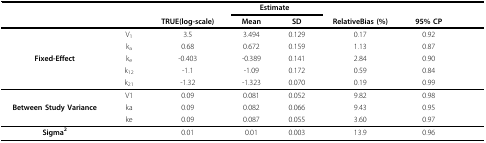
<table><thead><tr><td></td><td></td><td colspan="4"><b>Estimate</b></td><td></td><td></td></tr><tr><td></td><td></td><td><b>TRUE(log-scale)</b></td><td><b>Mean</b></td><td><b>SD</b></td><td><b>RelativeBias (%)</b></td><td><b>95% CP</b></td></tr></thead><tbody><tr><td></td><td>V<sub>1</sub></td><td>3.5</td><td>3.494</td><td>0.129</td><td>0.17</td><td>0.92</td></tr><tr><td></td><td>k<sub>a</sub></td><td>0.68</td><td>0.672</td><td>0.159</td><td>1.13</td><td>0.87</td></tr><tr><td><b>Fixed-Effect</b></td><td>k<sub>e</sub></td><td>-0.403</td><td>-0.389</td><td>0.141</td><td>2.84</td><td>0.90</td></tr><tr><td></td><td>k<sub>12</sub></td><td>-1.1</td><td>-1.09</td><td>0.172</td><td>0.59</td><td>0.84</td></tr><tr><td></td><td>k<sub>21</sub></td><td>-1.32</td><td>-1.323</td><td>0.070</td><td>0.19</td><td>0.99</td></tr><tr><td></td><td>V1</td><td>0.09</td><td>0.081</td><td>0.052</td><td>9.82</td><td>0.98</td></tr><tr><td><b>Between Study Variance</b></td><td>ka</td><td>0.09</td><td>0.082</td><td>0.066</td><td>9.43</td><td>0.95</td></tr><tr><td></td><td>ke</td><td>0.09</td><td>0.087</td><td>0.055</td><td>3.60</td><td>0.97</td></tr><tr><td><b>Sigma<sup>2</sup></b></td><td></td><td>0.01</td><td>0.01</td><td>0.003</td><td>13.9</td><td>0.96</td></tr></tbody></table>